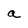
Character: a